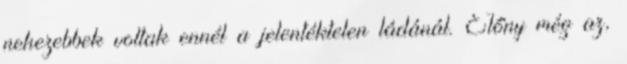
nehezebbek voltak ennél a jelentéktelen ládánál. Előny még az,